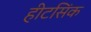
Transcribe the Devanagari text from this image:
हीटसिंक